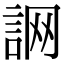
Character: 𧧜